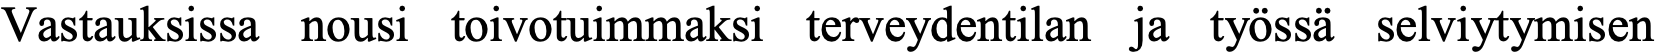
Vastauksissa nousi toivotuimmaksi terveydentilan ja työssä selviytymisen